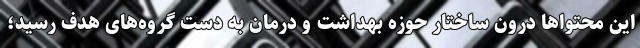
این محتواها درون ساختار حوزه بهداشت و درمان به دست گروه‌های هدف رسید؛